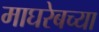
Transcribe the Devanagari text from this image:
माघरेबच्या